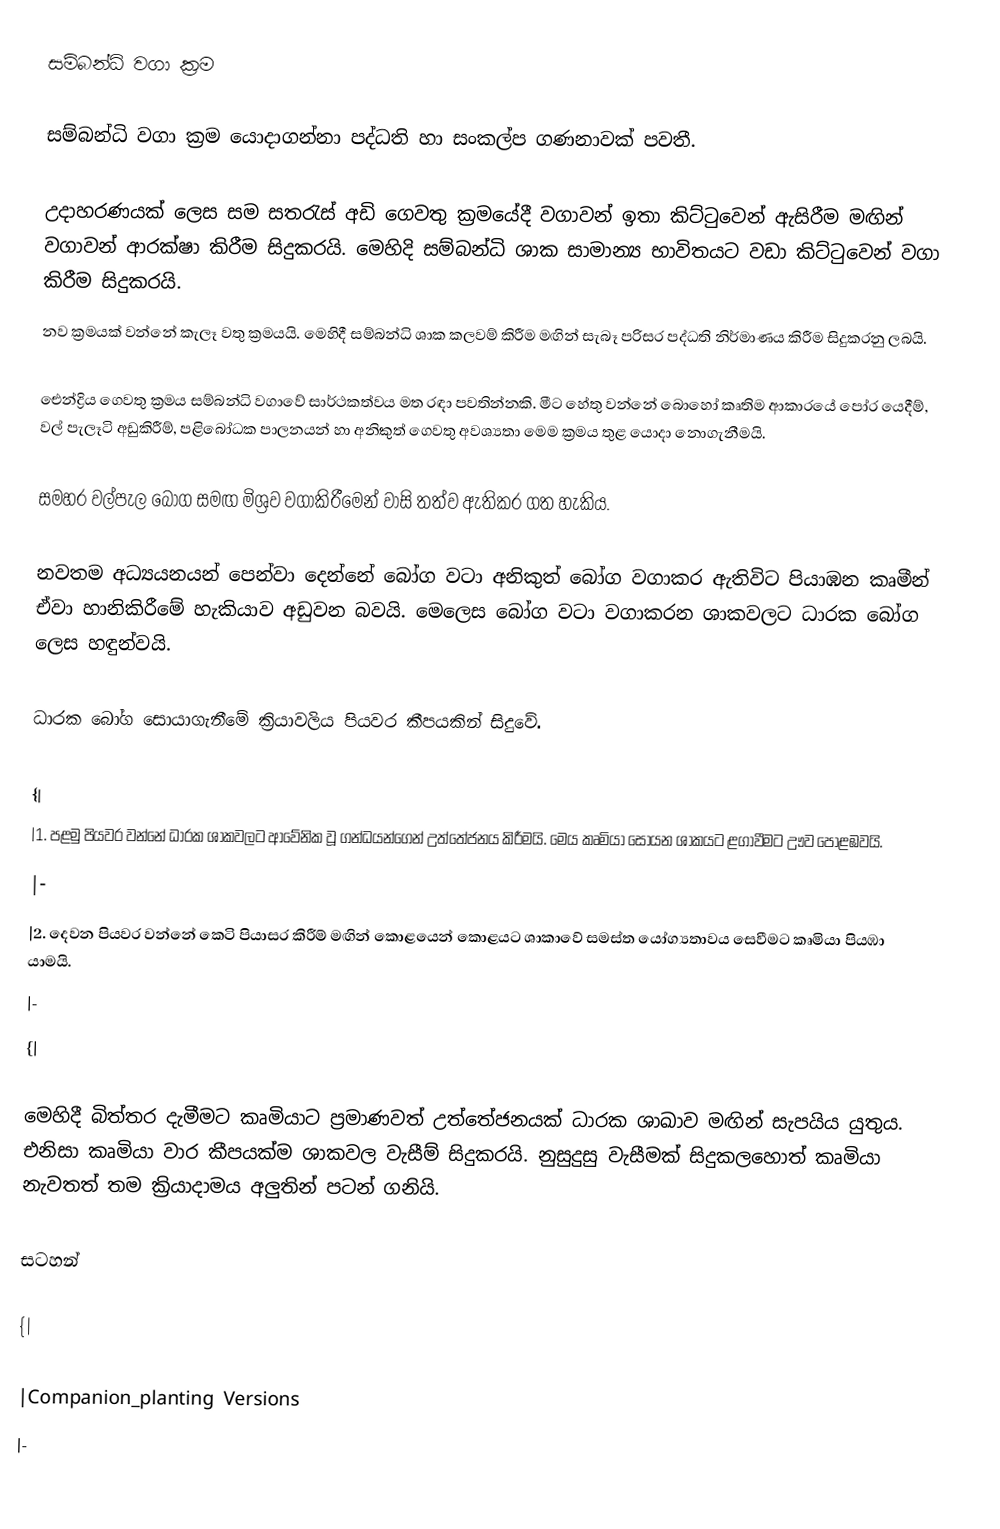
සම්බන්ධි වගා ක්‍රම

සම්බන්ධි වගා ක්‍රම යොදාගන්නා පද්ධති හා සංකල්ප ගණනාවක් පවතී.

උදාහරණයක් ලෙස සම සතරැස් අඩි ගෙවතු ක්‍රමයේදී වගාවන් ඉතා කිට්ටුවෙන් ඇසිරීම මඟින් වගාවන් ආරක්ෂා කිරීම සිදුකරයි. මෙහිදි සම්බන්ධි ශාක සාමාන්‍ය භාවිතයට වඩා කිට්ටුවෙන් වගා කිරීම සිදුකරයි.
නව ක්‍රමයක් වන්නේ කැලෑ වතු ක්‍රමයයි. මෙහිදී සම්බන්ධි ශාක කලවම් කිරීම මඟින් සැබෑ පරිසර පද්ධති නිර්මාණය කිරීම සිදුකරනු ලබයි.

‍ඓන්ද්‍රිය ගෙවතු ක්‍රමය සම්බන්ධි වගාවේ සාර්ථකත්වය මත රඳා පවතින්නකි. මීට හේතු වන්නේ බොහෝ කෘතිම ආකාරයේ පෝර යෙදීම්, වල් පැලෑටි අඩුකිරීම්, පළි‍බෝධක පාලනයන් හා අනිකුත් ගෙවතු අවශ්‍යතා මෙම ක්‍රමය තුළ යොදා නොගැනීමයි.

සමහර වල්පැල බෝග සමඟ මිශ්‍රව වගාකිරීමෙන් වාසි තත්ව ඇතිකර ගත හැකිය.

නවතම අධ්‍යයනයන් පෙන්වා දෙන්නේ බෝග වටා අනිකුත් බෝග වගාකර ඇතිවිට පියාඹන කෘමීන් ඒවා හානිකිරීමේ හැකියාව අඩුවන බවයි. මෙලෙස බෝග වටා වගාකරන ශාකවලට ධාරක බෝග ලෙස හඳුන්වයි.

ධාරක බෝග සොයාගැනීමේ ක්‍රියාවලිය පියවර කීපයකින් සිදුවේ.

{|
|1.	පළමු පියවර වන්නේ ධාරක ශාකවලට ආවේනික වූ ගන්ධයන්ගෙන් උත්තේජනය කිරීමයි. මෙය කෘමියා සොයන ශාකයට ළගාවීමට ඌව පොළඹවයි.
|-
|2.	දෙවන පියවර වන්නේ කෙටි පියාසර කිරීම් මඟින් කොළයෙන් කොළයට ශාකාවේ සමස්ත යෝග්‍යතාවය සෙවීමට කෘමියා පියඹා යාමයි.
|-
{|

මෙහිදී බිත්තර දැමීමට කෘමියාට ප්‍රමාණවත් උත්තේජනයක් ධාරක ශාඛාව මඟින් සැපයිය යුතුය. එනිසා කෘමියා වාර කීපයක්ම ශාකවල වැසීම් සිදුකරයි. නුසුදුසු වැසීමක් සිදුකලහොත් කෘමියා නැවතත් තම ක්‍රියාදාමය අලුතින් පටන් ගනියි.

සටහන්

{|

|Companion_planting Versions
|-